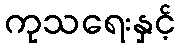
ကုသရေးနှင့်